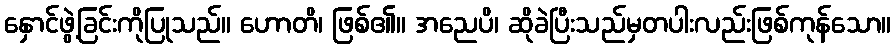
နှောင်ဖွဲ့ခြင်းကိုပြုသည်။ ဟောတိ၊ ဖြစ်၏။ အညေပိ၊ ဆိုခဲပြီးသည်မှတပါးလည်းဖြစ်ကုန်သော။